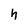
Character: h